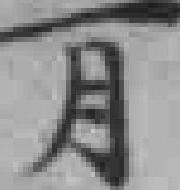
月